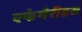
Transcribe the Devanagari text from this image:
एफेमेरीडस